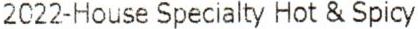
2022-HOUSE SPECIALTY HOT & SPICY